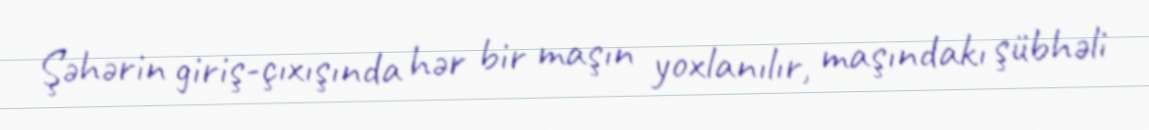
Şəhərin giriş-çıxışında hər bir maşın yoxlanılır, maşındakı şübhəli